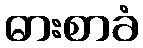
ဓားစာခံ